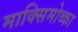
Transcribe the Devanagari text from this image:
माक्सिमोव्का